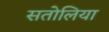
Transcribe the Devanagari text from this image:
सतोलिया